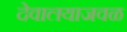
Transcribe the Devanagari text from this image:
देवालयाजवळ